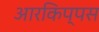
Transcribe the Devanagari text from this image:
आरकिप्पस